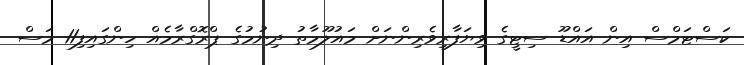
ކަސްޓަމްސް އިން އައްޑޫ ސިޓީގެ ވިޔަފާރިވެރިންނަށް މައުލޫމާތު ދިނުމުގެ ޕްރޮގްރާމެއް ހިންގައިފި11 މަސް